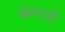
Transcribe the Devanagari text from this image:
बंधगयी